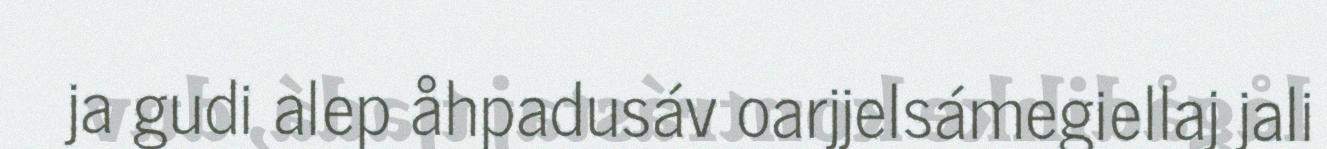
ja gudi alep åhpadusáv oarjjelsámegiellaj jali